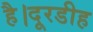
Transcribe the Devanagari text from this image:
है।दूरडीह